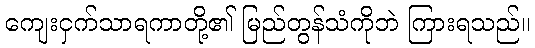
ကျေးငှက်သာရကာတို့၏ မြည်တွန်သံကိုဘဲ ကြားရသည်။